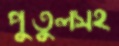
পুতুলসহ